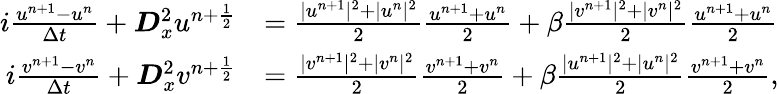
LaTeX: \begin{array}{rl}{i\frac{u^{n+1}-u^{n}}{\Delta t}+\boldsymbol{D}_{x}^{2}u^{n+\frac{1}{2}}}&{=\frac{|u^{n+1}|^{2}+|u^{n}|^{2}}{2}\frac{u^{n+1}+u^{n}}{2}+\beta\frac{|v^{n+1}|^{2}+|v^{n}|^{2}}{2}\frac{u^{n+1}+u^{n}}{2}}\\ {i\frac{v^{n+1}-v^{n}}{\Delta t}+\boldsymbol{D}_{x}^{2}v^{n+\frac{1}{2}}}&{=\frac{|v^{n+1}|^{2}+|v^{n}|^{2}}{2}\frac{v^{n+1}+v^{n}}{2}+\beta\frac{|u^{n+1}|^{2}+|u^{n}|^{2}}{2}\frac{v^{n+1}+v^{n}}{2},}\end{array}